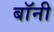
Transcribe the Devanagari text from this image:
बाॅनी